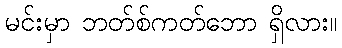
မင်းမှာ ဘတ်စ်ကတ်ဘော ရှိလား။